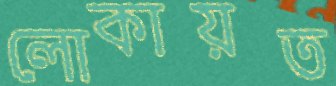
লোকায়ত